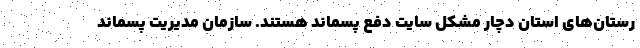
رستان‌های استان دچار مشکل سایت دفع پسماند هستند. سازمان مدیریت پسماند